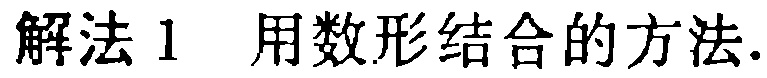
解法1 用数形结合的方法.